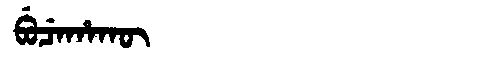
Manchu: ᠪᡠᠴᡝᡥᠠᡴᡡ
Romanization: BUCEHAKŪ